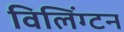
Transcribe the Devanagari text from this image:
विलिंग्टन